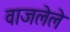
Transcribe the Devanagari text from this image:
वाजलेले